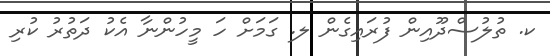
ކ. ތުލުސްދޫއިން ފުރައިގެން ލ. ގަމަށް ހަ މީހުންނާ އެކު ދަތުރު ކުރި